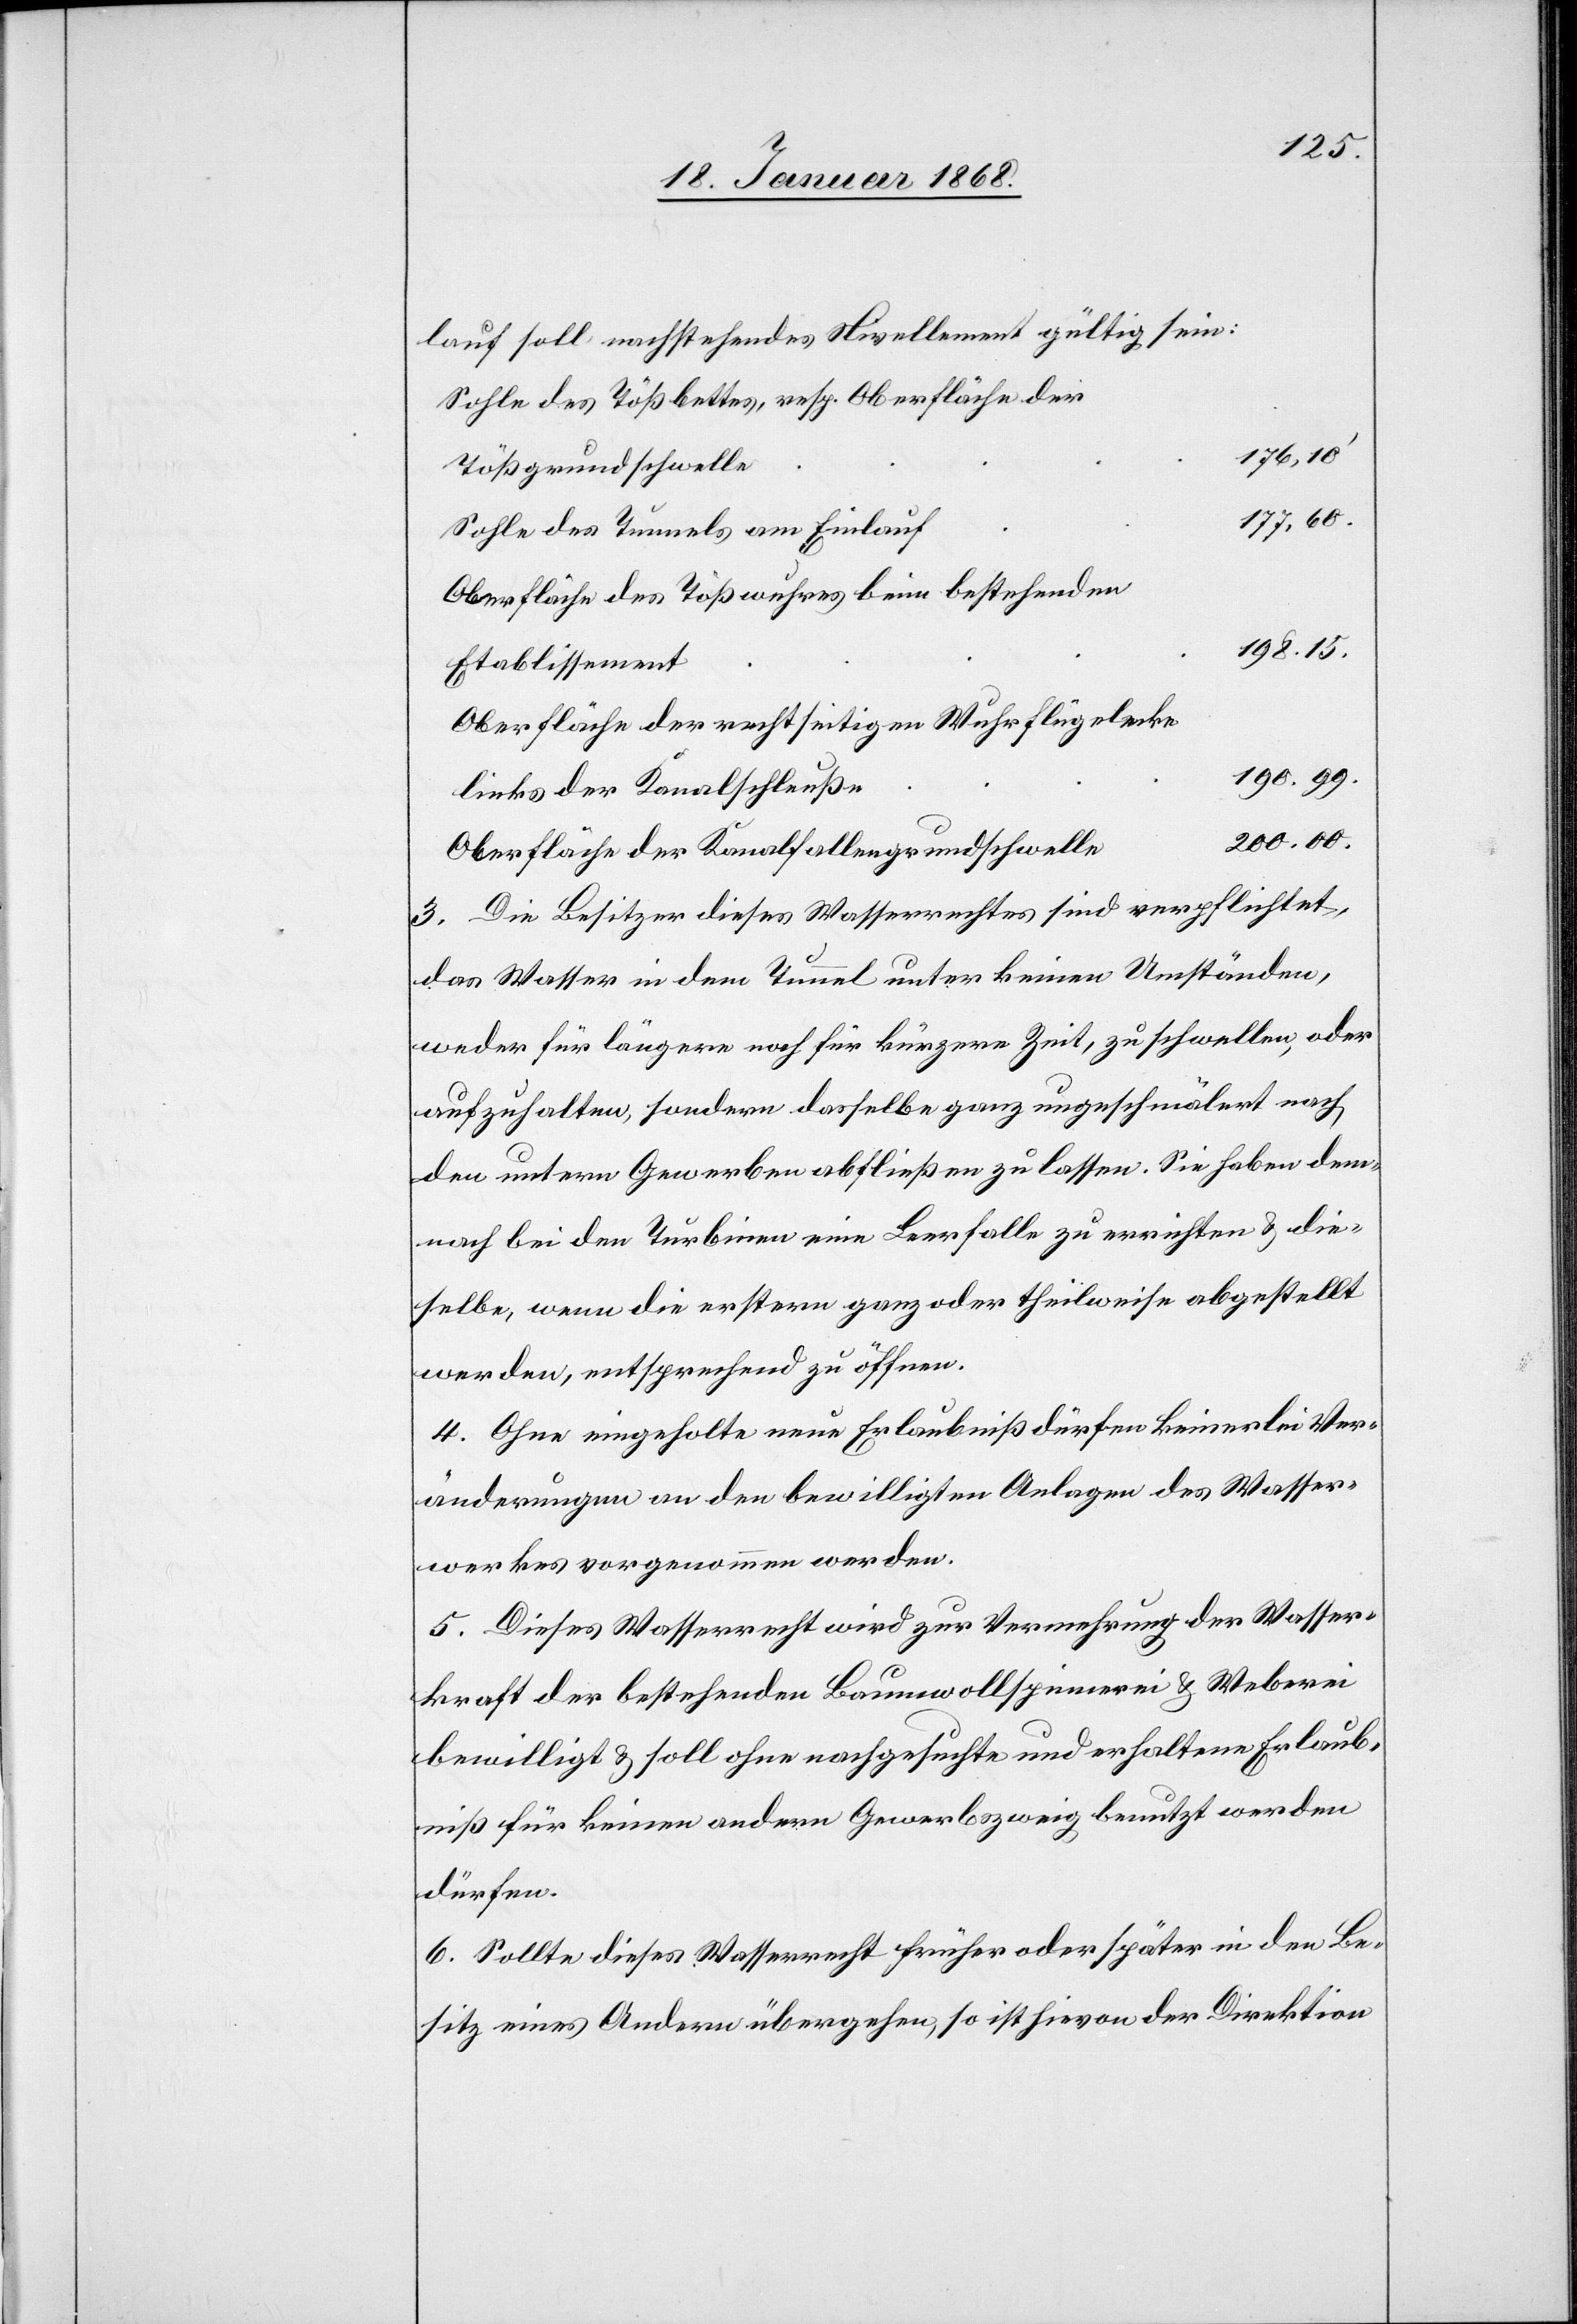
lauf soll nachstehendes Nivellement gültig sein:
Sohle des Tößbettes, resp. Oberfläche der
176,10‘
Tößgrundschwelle
177,60.
Sohle des Tunnels am Einlauf
Oberfläche des Tößwuhres beim bestehenden
198.15.
Etablissement
Oberfläche der rechtseitigen Wuhrflügelecke
190.99.
links der Kanalschleuße
200.00.
Oberfläche der Kanalfallengrundschwelle
3. Die Besitzer dieses Wasserrechtes sind verpflichtet,
das Wasser in dem Tunnel unter keinen Umständen,
weder für längere noch für kürzere Zeit, zu schwellen, oder
aufzuhalten, sondern dasselbe ganz ungeschmälert nach
den untern Gewerben abfließen zu lassen. Sie haben dem¬
nach bei den Turbinen eine Leerfalle zu errichten & die¬
selbe, wenn die erstern ganz oder theilweise abgestellt
werden, entsprechend zu öffnen.
4. Ohne eingeholte neue Erlaubniß dürfen keinerlei Ver¬
änderungen an den bewilligten Anlagen des Wasser¬
werkes vorgenommen werden.
5. Dieses Wasserrecht wird zur Vermehrung der Wasser¬
kraft der bestehenden Baumwollspinnerei & Weberei
bewilligt & soll ohne nachgesuchte und erhaltene Erlaub¬
niß für keinen andern Gewerbszweig benutzt werden
dürfen.
6. Sollte dieses Wasserrecht früher oder später in den Be¬
sitz eines Andern übergehen, so ist hievon der Direktion